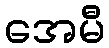
အေမီ